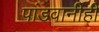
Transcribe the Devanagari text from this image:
पांडवानीही